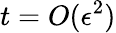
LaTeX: t=O(\epsilon^{2})